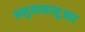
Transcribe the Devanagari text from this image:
अनुमानानुआर